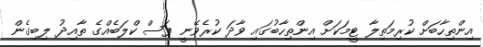
އިންތިހާބަށް ކުރިމަތިލާ ޓީމަކަށް އިންތިހާބުގައި ވާދަ ކުރެވޭނީ ފަސް ކްލަބެއްގެ ތާއިދު ލިބިގެން